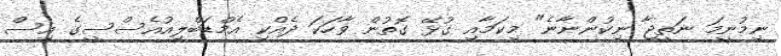
ނިމުނީމަ ނަތީޖާ ނިކުންނާނެ" މިކަމާއި ގުޅޭ ގޮތުން ވާހަކަ ދެއްކި އެމްޑަބްލިއުއެސްސީގެ އިސް